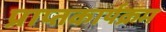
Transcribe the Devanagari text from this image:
प्राप्तकार्यक्रम